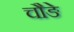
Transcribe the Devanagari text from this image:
चौङे